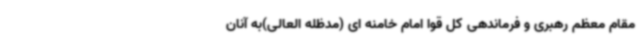
مقام معظم رهبری و فرماندهی کل قوا امام خامنه ای (مدظله العالی)به آنان